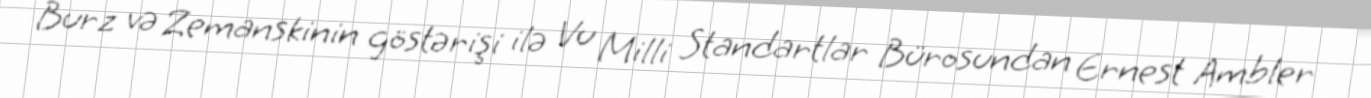
Burz və Zemanskinin göstərişi ilə Vu Milli Standartlar Bürosundan Ernest Ambler